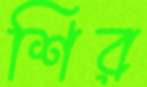
শির